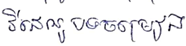
វីដេអូបទចម្រៀង